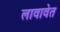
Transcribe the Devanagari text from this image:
लावावेत